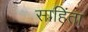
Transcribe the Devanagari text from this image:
साहिंता